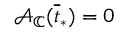
\mathcal { A } _ { \mathbb { C } } ( \overline { { t } } _ { * } ) = 0